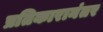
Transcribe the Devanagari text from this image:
प्रतिकारानंतर